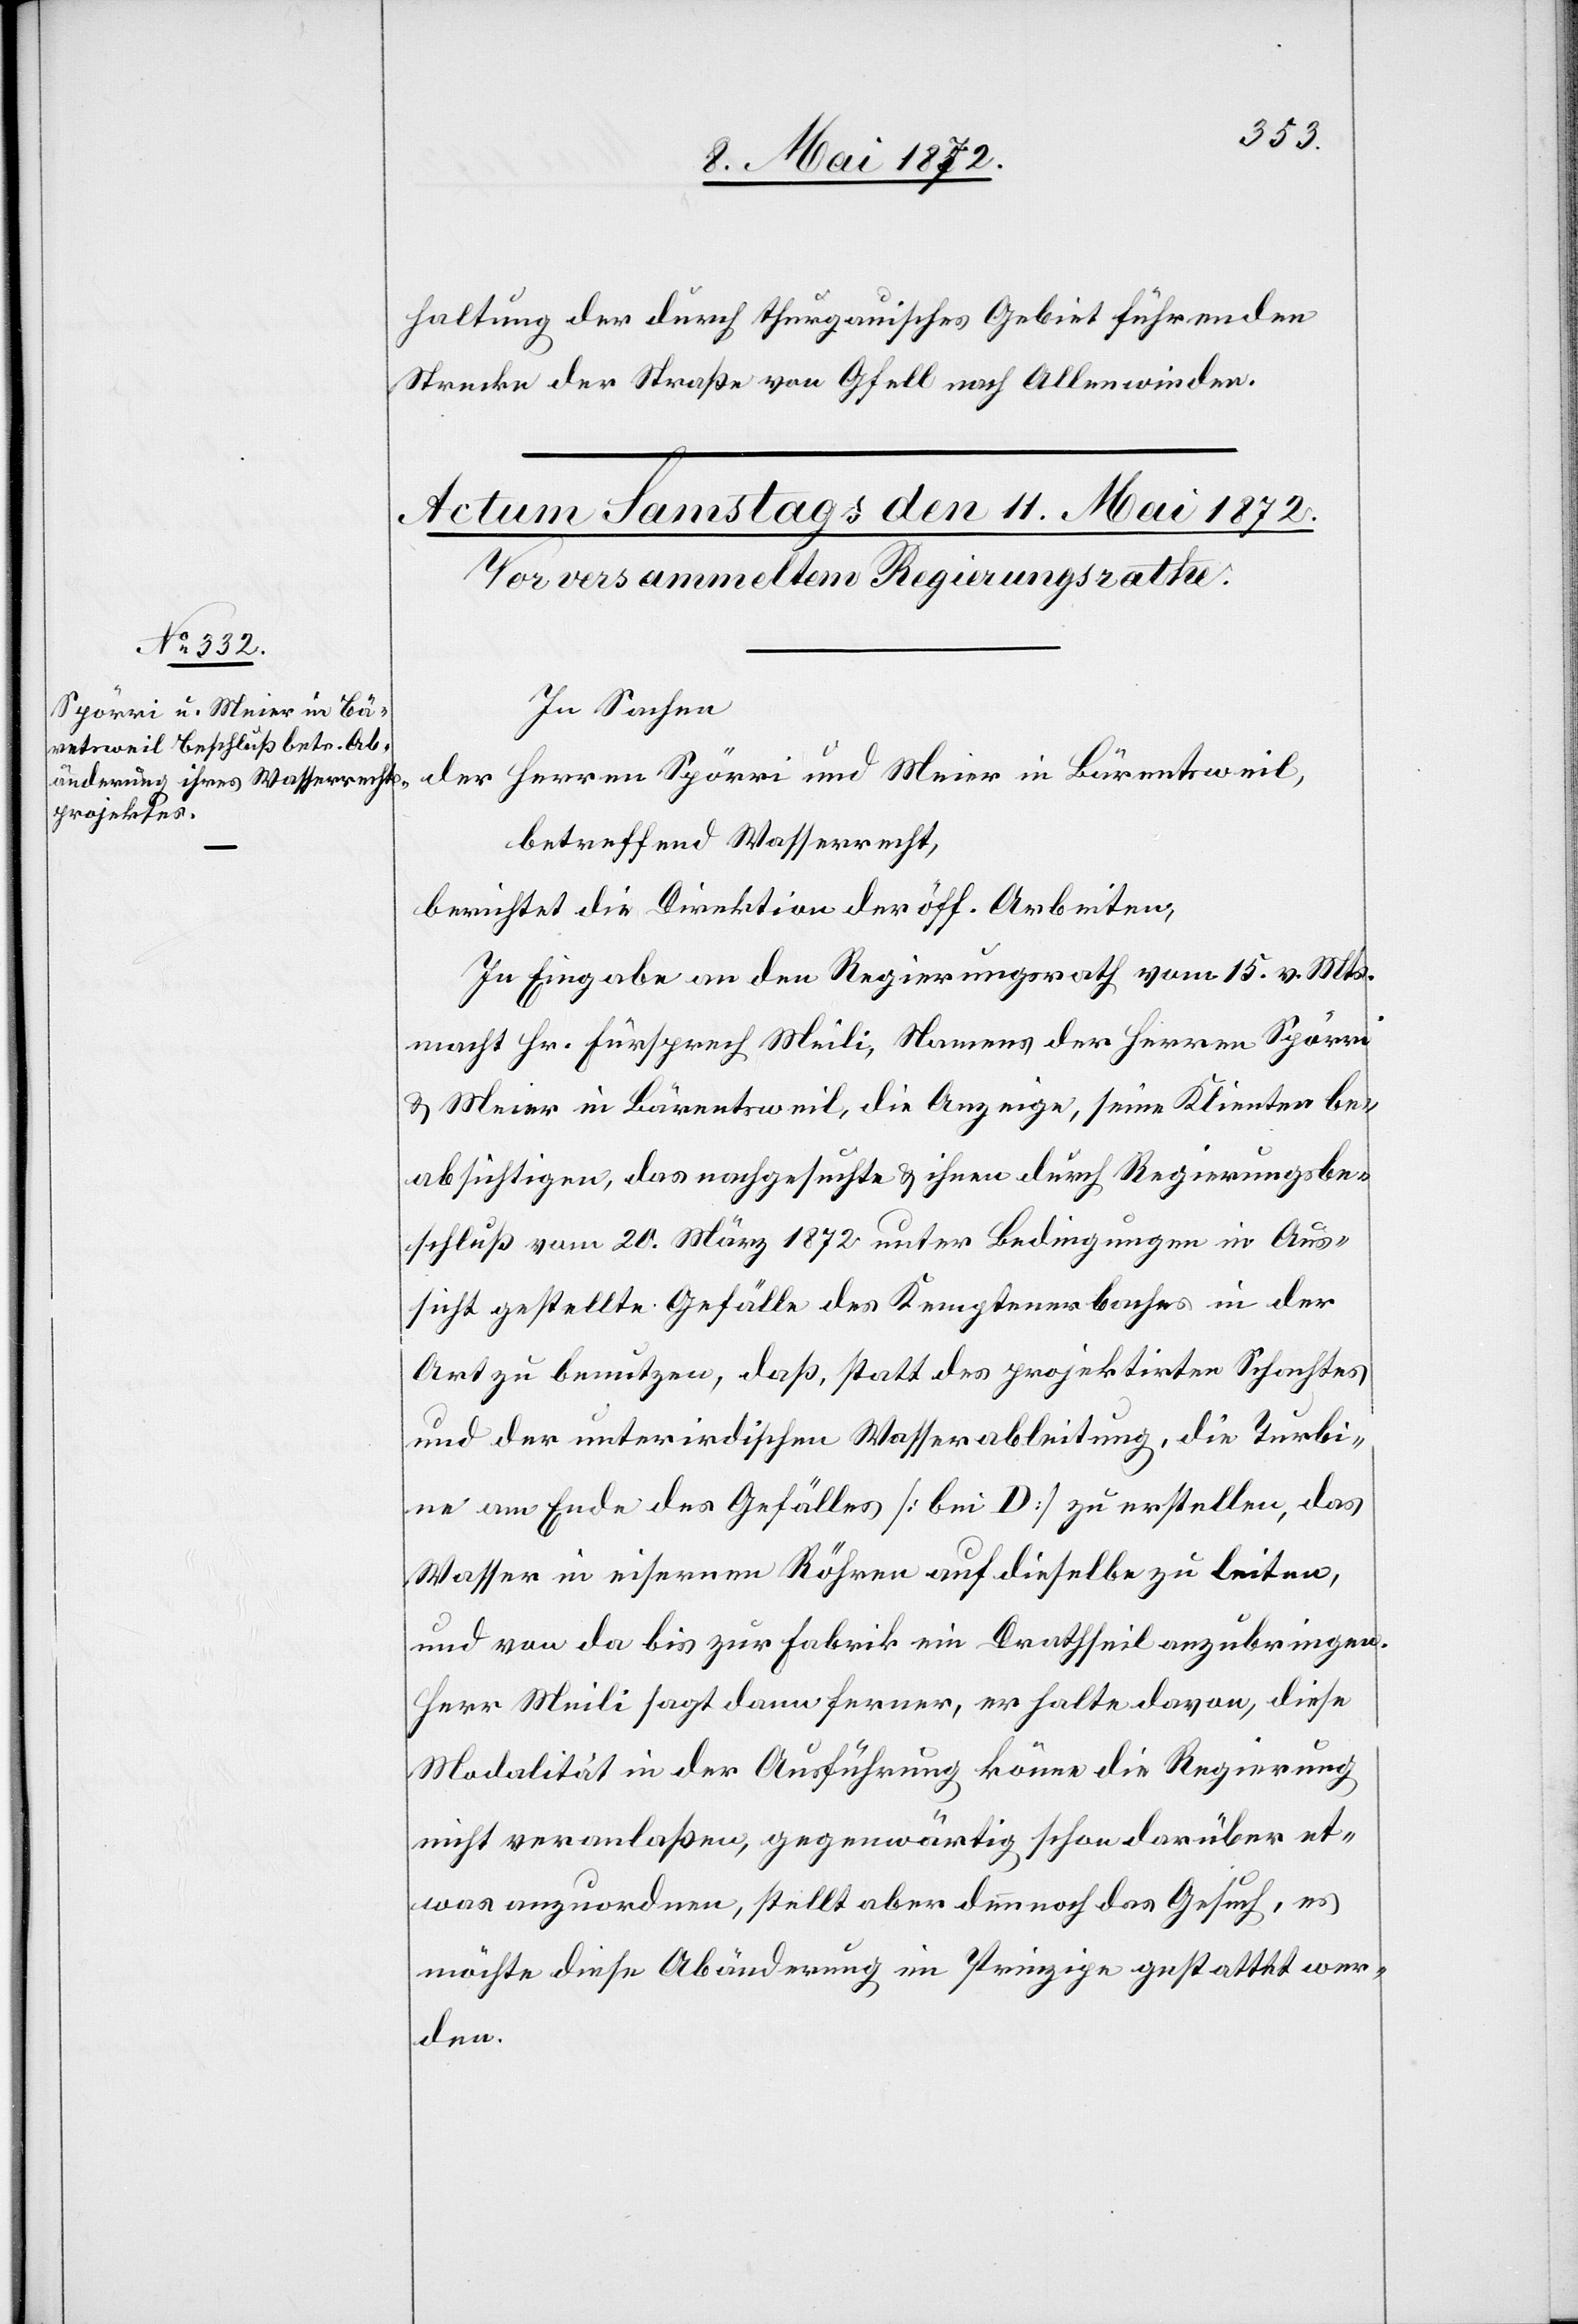
haltung der durch thurgauisches Gebiet führenden
Strecke der Straße von Gfell nach Allenwinden.
In Sachen
der Herren Spörri und Meier in Bärentsweil,
betreffend Wasserrecht,
berichtet die Direktion der öff. Arbeiten,
In Eingabe an den Regierungsrath vom 15. v. Mts.
macht Hr. Fürsprech Meili, Namens der Herren Spörri
u. Meier in Bärentsweil, die Anzeige, seine Klienten be¬
absichtigen, das nachgesuchte u. ihnen durch Regierungsbe¬
schluß vom 20. März 1872 unter Bedingungen in Aus¬
sicht gestellte Gefälle des Kemptenerbaches in der
Art zu benutzen, daß, statt des projektirten Schachtes
und der unterirdischen Wasserableitung, die Turbi¬
ne am Ende des Gefälles [bei D] zu erstellen, das
Wasser in eisernen Röhren auf dieselbe zu leiten,
und von da bis zur Fabrik ein Drahtseil anzubringen.
Herr Meili sagt dann ferner, er halte davon, diese
Modalität in der Ausführung könne die Regierung
nicht veranlaßen, gegenwärtig schon darüber et¬
was anzuordnen, stellt aber dennoch das Gesuch, es
möchte diese Abänderung im Prinzipe gestattet wer¬
den.